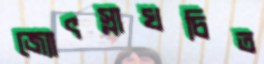
জ্যোৎস্নাখচিত